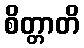
စိတ္တာတိ